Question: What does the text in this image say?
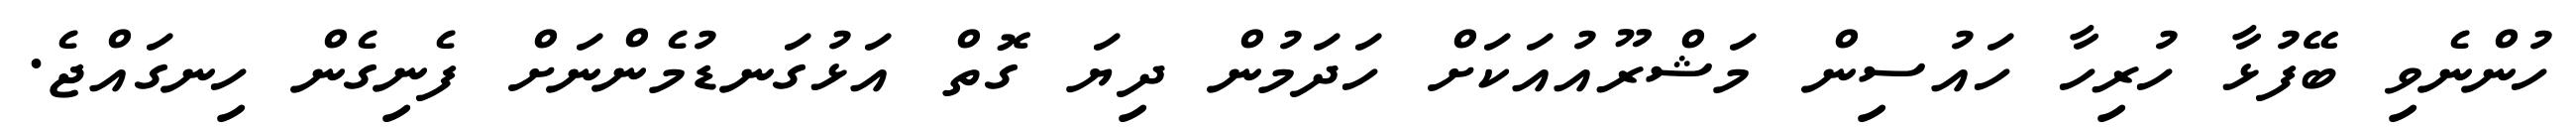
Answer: ހުންނެވި ބޭފުޅާ ހުރިހާ ހައުސިން މަޝްރޫއުއަކަށް ހަދަމުން ދިޔަ ގޮތް އަޅުގަނޑުމެންނަށް ފެނިގެން ހިނގައްޖެ.